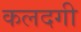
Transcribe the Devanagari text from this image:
कलदगी